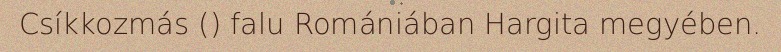
Csíkkozmás () falu Romániában Hargita megyében.